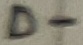
Text: D-